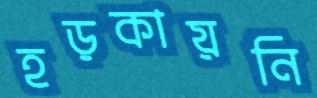
হড়কায়নি